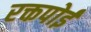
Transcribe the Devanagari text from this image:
रक्तपोई